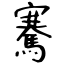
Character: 騫